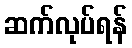
ဆက်လုပ်ရန်